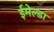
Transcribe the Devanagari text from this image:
ईमेल्डा